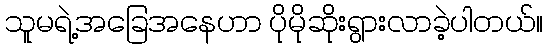
သူမရဲ့အခြေအနေဟာ ပိုမိုဆိုးရွားလာခဲ့ပါတယ်။